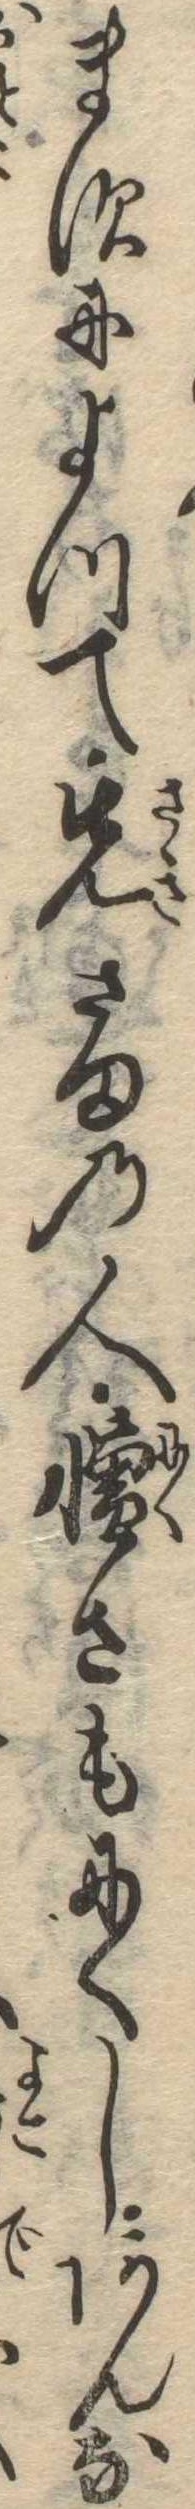
ますによつて先さまの人憎さもにくしあんな